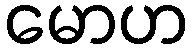
မောဟ